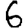
Digit: 6